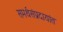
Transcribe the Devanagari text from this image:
समर्थसंप्रदायांत